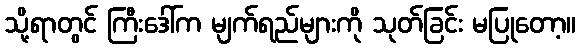
သို့ရာတွင် ကြီးဒေါ်က မျက်ရည်များကို သုတ်ခြင်း မပြုတော့။